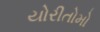
યોરીતોમો